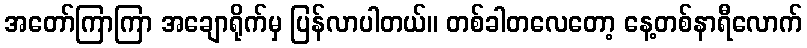
အတော်ကြာကြာ အချောရိုက်မှ ပြန်လာပါတယ်။ တစ်ခါတလေတော့ နေ့တစ်နာရီလောက်